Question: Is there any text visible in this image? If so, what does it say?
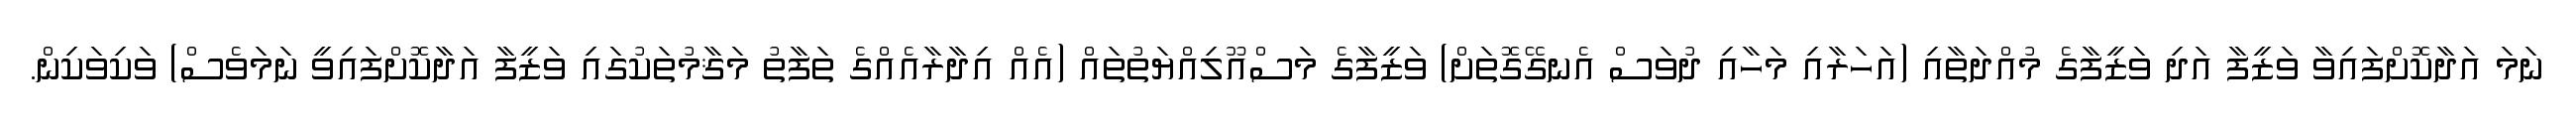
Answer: ނަމަ އަދާކޮށްފައިވާ ވަޒީފާ އަދި ވަޒީފާގެ މުއްދަތާއި (އަހަރާއި މަހާއި ދުވަސް އެނގޭގޮތަށް) ވަޒީފާގެ މަސްއޫލިއްޔަތުތައް (އެއް އިދާރާއެއްގެ ތަފާތު މަޤާމުތަކުގައި ވަޒީފާ އަދާކޮށްފައިވީ ނަމަވެސް) ވަކިވަކިން.